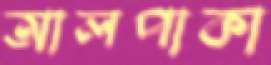
আলপাকা